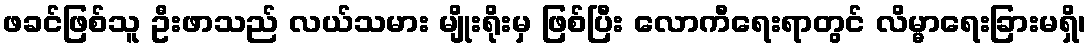
ဖခင်ဖြစ်သူ ဦးဖာသည် လယ်သမား မျိုးရိုးမှ ဖြစ်ပြီး လောကီရေးရာတွင် လိမ္မာရေးခြားမရှိ၊